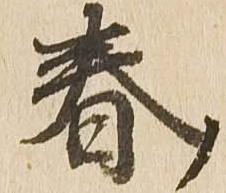
春